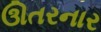
ઊતરનાર